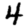
Digit: 4